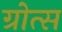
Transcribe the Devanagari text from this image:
ग्रोत्स